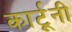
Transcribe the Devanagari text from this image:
कार्टूनी